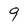
Character: 9